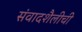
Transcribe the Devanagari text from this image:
संवादशैलीची